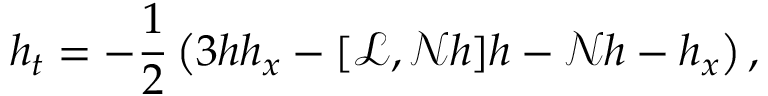
h _ { t } = - \frac { 1 } { 2 } \left( 3 h h _ { x } - [ \mathscr { L } , \mathscr { N } h ] h - \mathscr { N } h - h _ { x } \right) ,